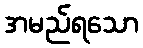
အမည်ရသော